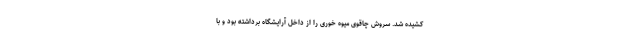
کشیده شد. سروش چاقوی میوه خوری را از داخل آرایشگاه برداشته بود و با